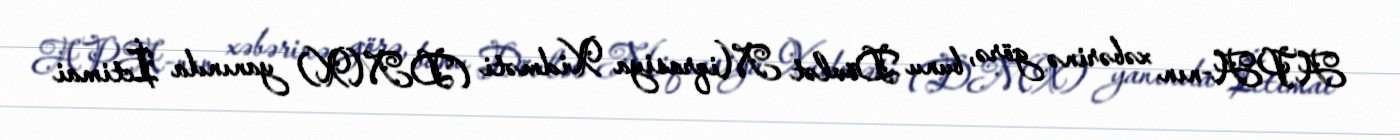
APA-nın xəbərinə görə, bunu Dövlət Miqrasiya Xidməti (DMX) yanında İctimai